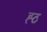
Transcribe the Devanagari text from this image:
ह्ठ